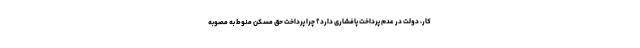
کار، دولت در عدم پرداخت پافشاری دارد؟ چرا پرداخت حق مسکن منوط به مصوبه